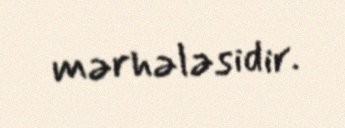
mərhələsidir.